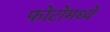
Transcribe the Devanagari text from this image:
फोटोमध्ये